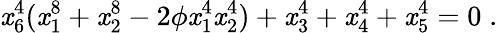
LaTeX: \mathit{x}_{6}^{4}(\mathit{x}_{1}^{8}+\mathit{x}_{2}^{8}-2\phi\mathit{x}_{1}^{4}\mathit{x}_{2}^{4})+\mathit{x}_{3}^{4}+\mathit{x}_{4}^{4}+\mathit{x}_{5}^{4}=0\; .